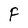
Character: F